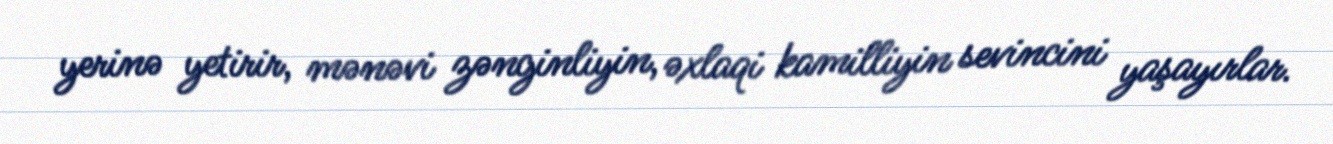
yerinə yetirir, mənəvi zənginliyin, əxlaqi kamilliyin sevincini yaşayırlar.